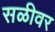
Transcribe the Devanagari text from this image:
सळीवर